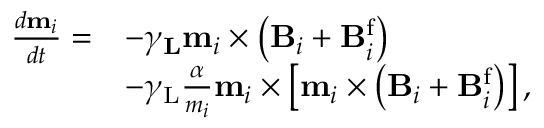
\begin{array} { r l } { \frac { d \mathbf { m } _ { i } } { d t } = } & { - \gamma _ { \mathbf { L } } \mathbf { m } _ { i } \times \left( \mathbf { B } _ { i } + \mathbf { B } _ { i } ^ { \mathrm { f } } \right) } \\ & { - \gamma _ { \mathrm { L } } \frac { \alpha } { m _ { i } } \mathbf { m } _ { i } \times \left[ \mathbf { m } _ { i } \times \left( \mathbf { B } _ { i } + \mathbf { B } _ { i } ^ { \mathrm { f } } \right) \right] , } \end{array}